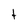
Character: t